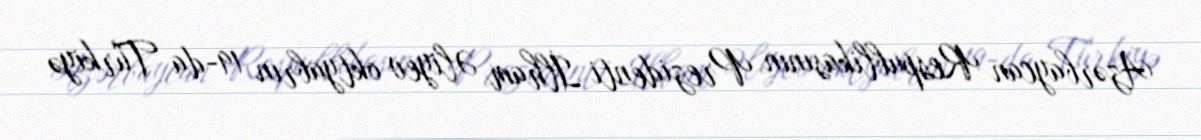
Azərbaycan Respublikasının Prezidenti İlham Əliyev oktyabrın 19-da Türkiyə